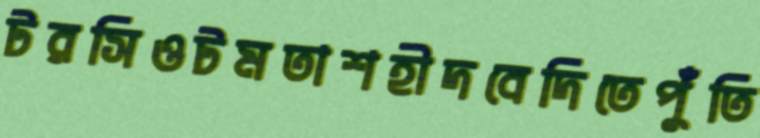
টরসিওটমতাশহীদবেদিতেপুঁতি